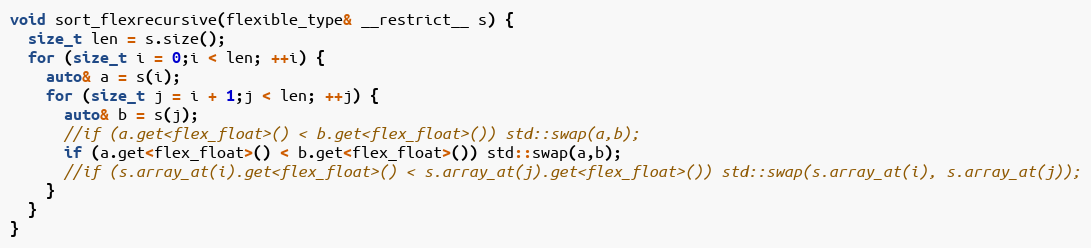
Language: C++
void sort_flexrecursive(flexible_type& __restrict__ s) {
  size_t len = s.size();
  for (size_t i = 0;i < len; ++i) {
    auto& a = s(i);
    for (size_t j = i + 1;j < len; ++j) {
      auto& b = s(j);
      //if (a.get<flex_float>() < b.get<flex_float>()) std::swap(a,b);
      if (a.get<flex_float>() < b.get<flex_float>()) std::swap(a,b);
      //if (s.array_at(i).get<flex_float>() < s.array_at(j).get<flex_float>()) std::swap(s.array_at(i), s.array_at(j));
    }
  }
}